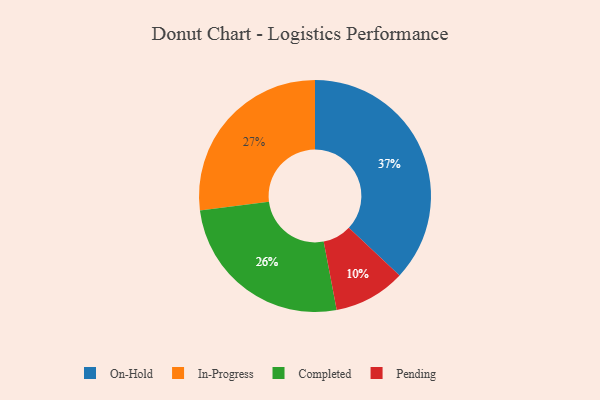
{"axis": {"x": "Category", "y": "Percentage"}, "legend": ["Completed", "In-Progress", "On-Hold", "Pending"], "data": [{"x": "In-Progress", "y": 27, "type": "In-Progress"}, {"x": "Completed", "y": 26, "type": "Completed"}, {"x": "On-Hold", "y": 37, "type": "On-Hold"}, {"x": "Pending", "y": 10, "type": "Pending"}]}